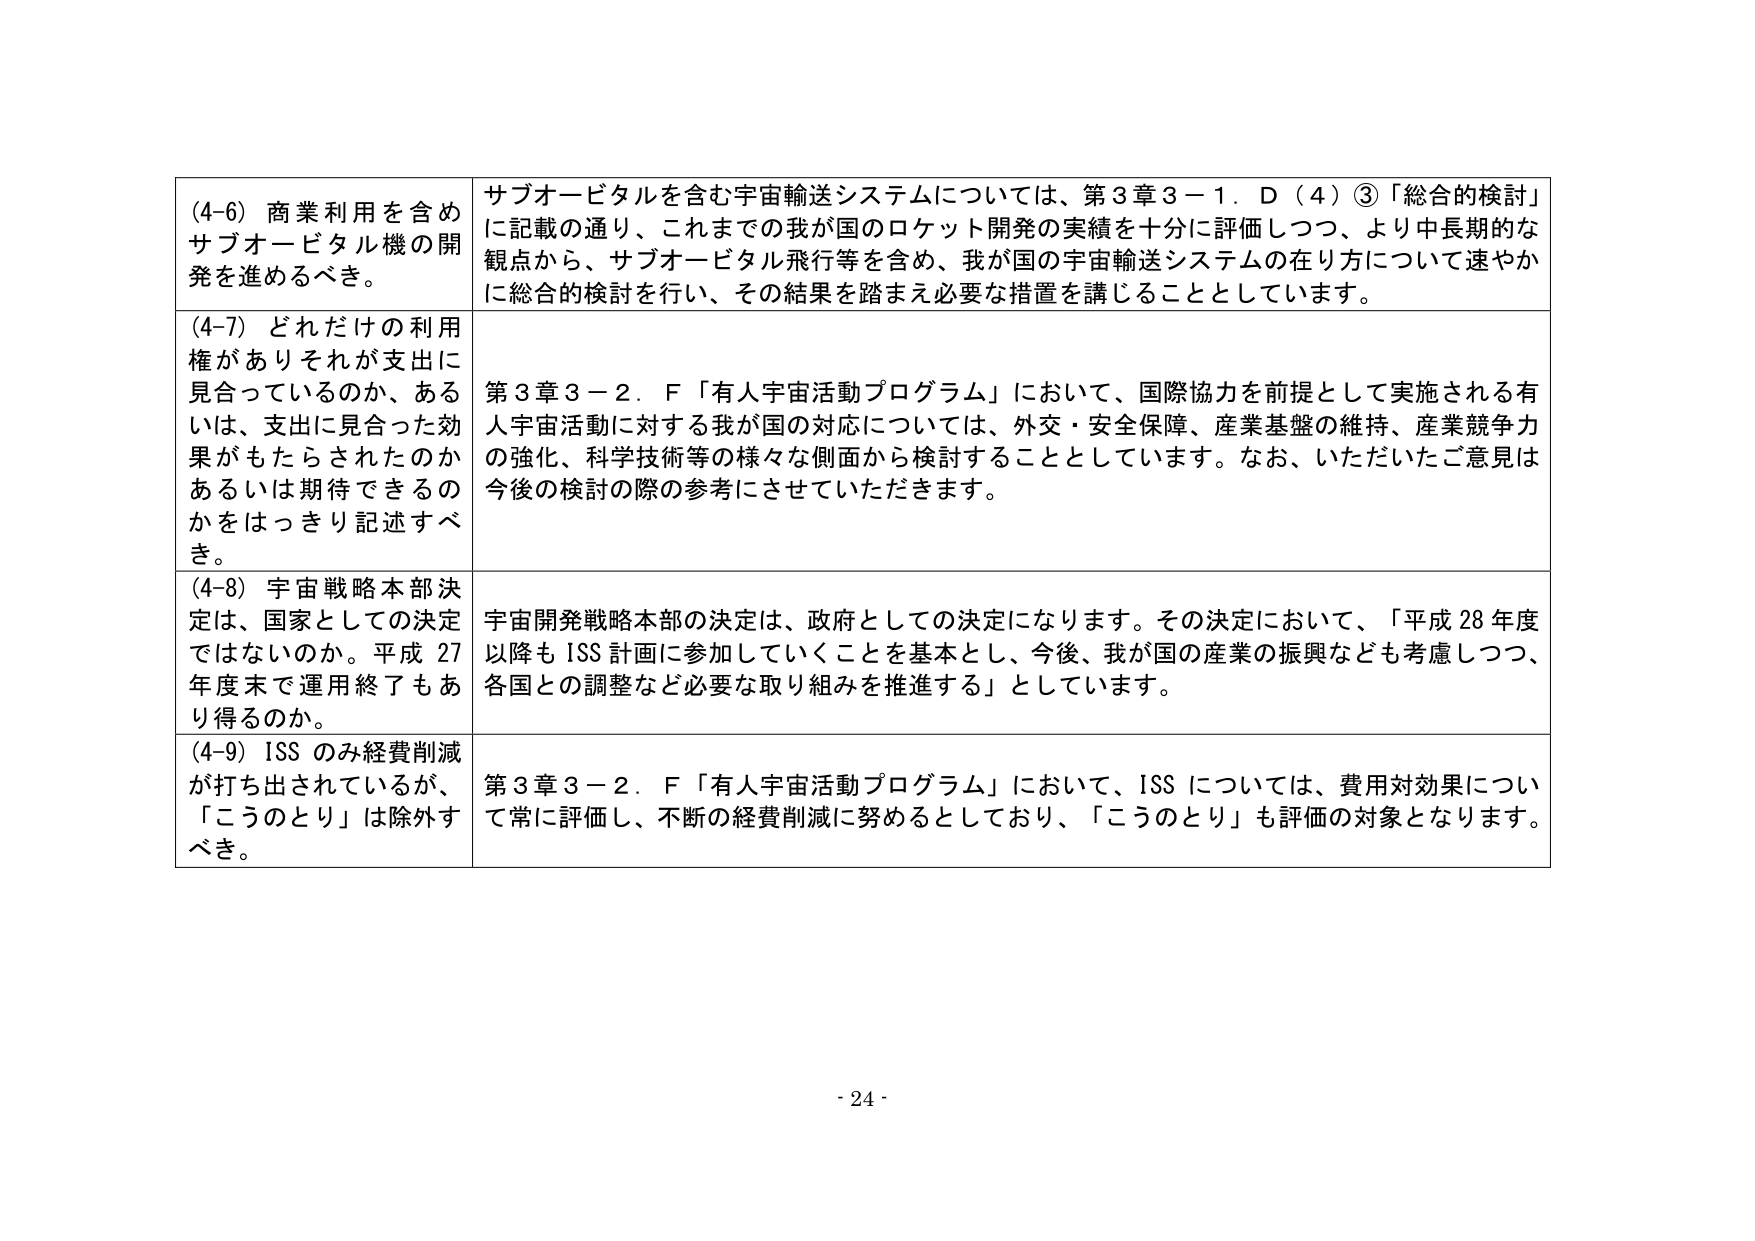
(4-6) 商業利用を含めサブオービタル機の開発を進めるべき。

サブオービタルを含む宇宙輸送システムについては、第3章3－1．D（4）③「総合的検討」に記載の通り、これまでの我が国のロケット開発の実績を十分に評価しつつ、より中長期的な観点から、サブオービタル飛行等を含め、我が国の宇宙輸送システムの在り方について速やかに総合的検討を行い、その結果を踏まえ必要な措置を講じることとしています。

(4-7) どれだけの利用権がありそれが支出に見合っているのか、あるいは、支出に見合った効果がもたらされたのかあるいは期待できるのかをはっきり記述すべき。

第3章3－2．F「有人宇宙活動プログラム」において、国際協力を前提として実施される有人宇宙活動に対する我が国の対応については、外交・安全保障、産業基盤の維持、産業競争力の強化、科学技術等の様々な側面から検討することとしています。なお、いただいたご意見は今後の検討の際の参考にさせていただきます。

(4-8) 宇宙戦略本部決定は、国家としての決定ではないのか。平成27年度末で運用終了もあり得るのか。

宇宙開発戦略本部の決定は、政府としての決定になります。その決定において、「平成28年度以降もISS計画に参加していくことを基本とし、今後、我が国の産業の振興なども考慮しつつ、各国との調整など必要な取り組みを推進する」としています。

(4-9) ISSのみ経費削減が打ち出されているが、「こうのとり」は除外すべき。

第3章3－2．F「有人宇宙活動プログラム」において、ISSについては、費用対効果について常に評価し、不断の経費削減に努めるとしており、「こうのとり」も評価の対象となります。

- 24 -